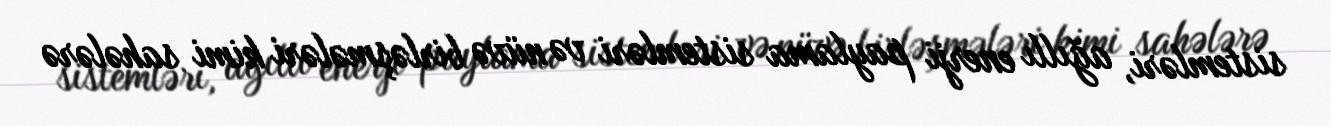
sistemləri, ağıllı enerji paylama sistemləri və nüvə birləşmələri kimi sahələrə